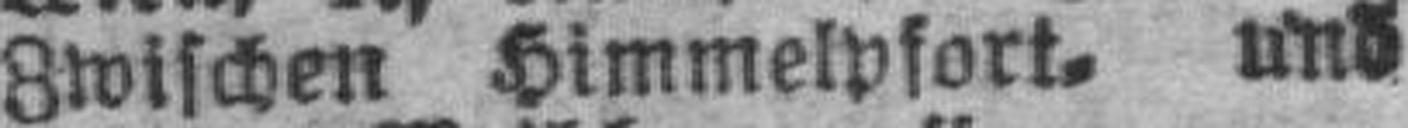
Zwischen Himmelpfort= und